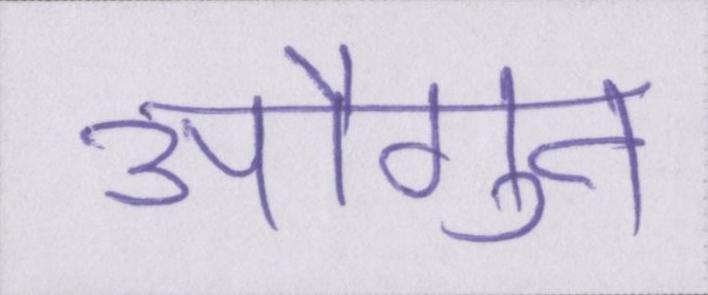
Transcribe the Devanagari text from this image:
औगुन